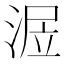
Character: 𣶅